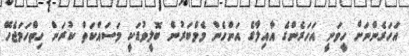
އަހަރެންނަށް ހީވަނީ އަހަރެންގެ އާއިލާގެ އަންހެން މެމްބަރުން ބޮލީވުޑަކީ މަސައްކަތް ކުރަން ހިތްހަމަޖެހޭ